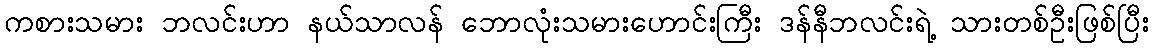
ကစားသမား ဘလင်းဟာ နယ်သာလန် ဘောလုံးသမားဟောင်းကြီး ဒန်နီဘလင်းရဲ့ သားတစ်ဦးဖြစ်ပြီး